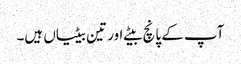
آپ کے پانچ بیٹے اور تین بیٹیاں ہیں۔